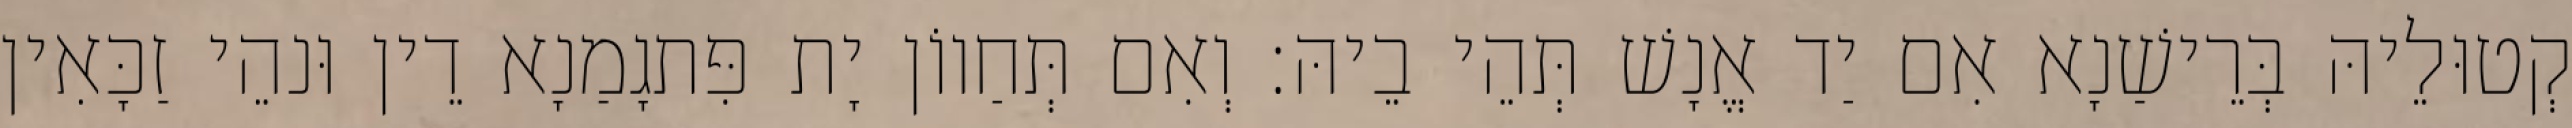
קְטוּלֵיהּ בְּרֵישַׁנָא אִם יַד אֱנָשׁ תְּהֵי בֵיהּ׃ וְאִם תְּחַווֹן יָת פִּתגָמַנָא דֵין וּנהֵי זַכָּאִין